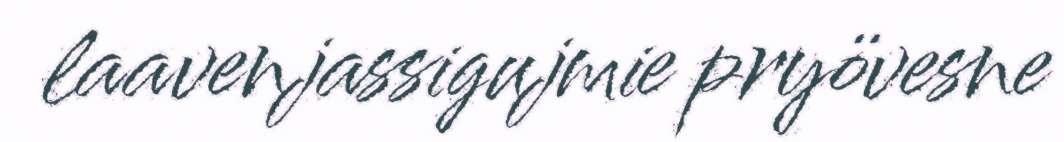
laavenjassigujmie pryövesne